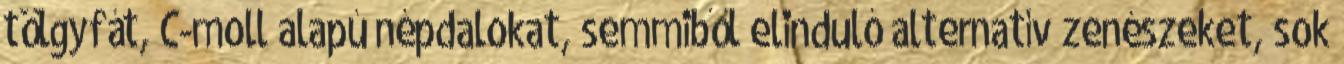
tölgyfát, C-moll alapú népdalokat, semmiből elinduló alternatív zenészeket, sok